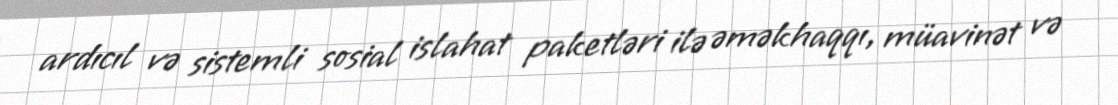
ardıcıl və sistemli sosial islahat paketləri ilə əməkhaqqı, müavinət və